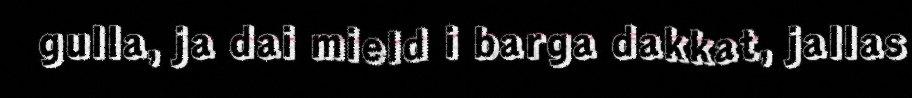
gulla, ja dai mield i barga dakkat, jallas